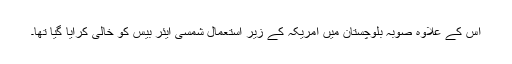
اس کے علاوہ صوبہ بلوچستان میں امریکہ کے زیر استعمال شمسی ایئر بیس کو خالی کرایا گیا تھا۔